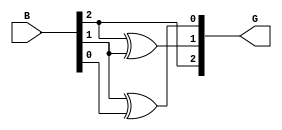
module gray_code_encoder #(parameter N = 3) (
    input  wire [N-1:0] B, // N-bit binary input
    output wire [N-1:0] G  // N-bit Gray code output
);

    // Gray code generation
    assign G[N-1] = B[N-1]; // Most significant bit is the same
    genvar i; // Generate variable for loop
    generate
        for (i = N-2; i >= 0; i = i - 1) begin : gray_conversion
            assign G[i] = B[i+1] ^ B[i]; // XOR current bit with the next bit
        end
    endgenerate

endmodule